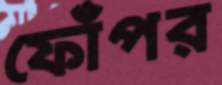
ফোঁপর